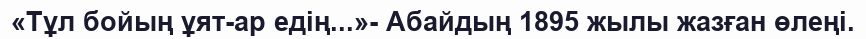
«Тұл бойың ұят-ар едің...»- Абайдың 1895 жылы жазған өлеңі.